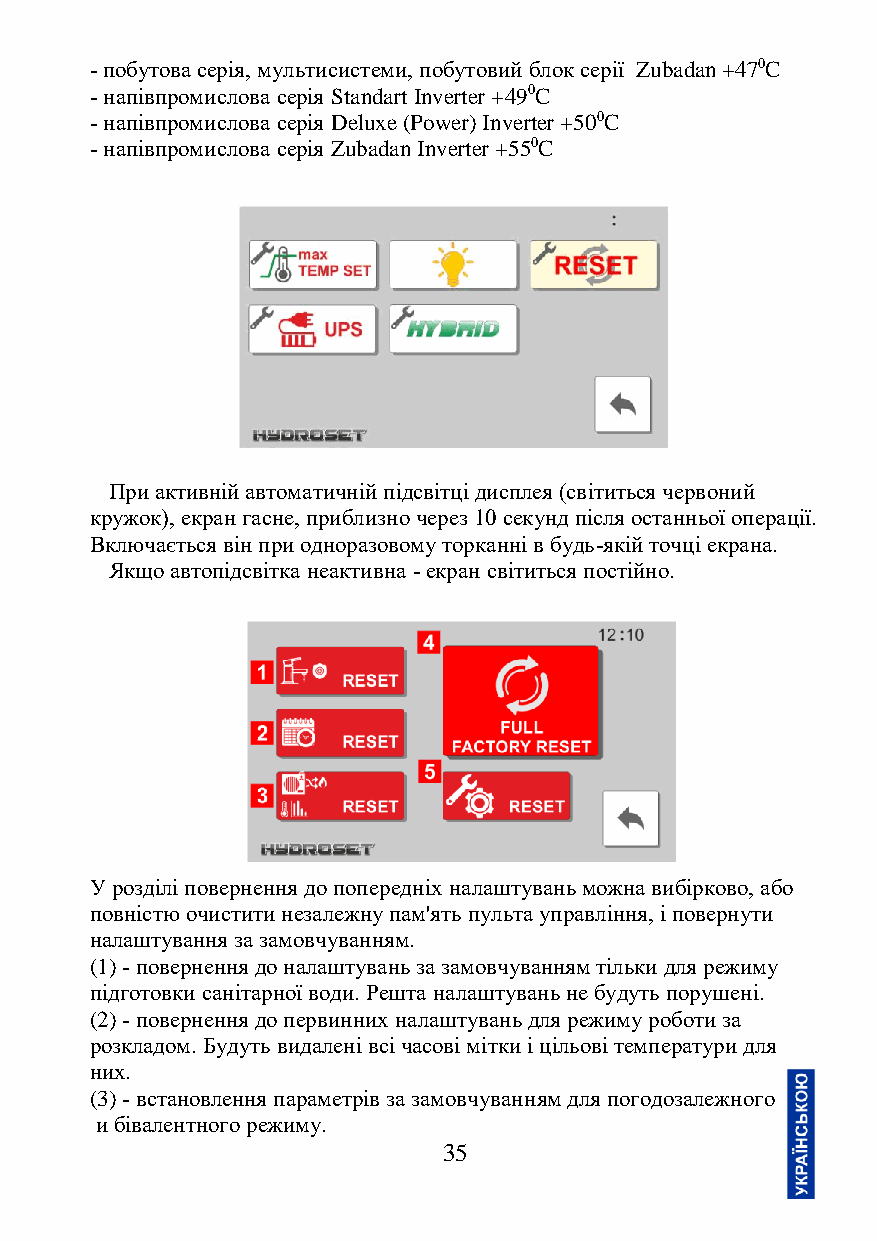
- побутова серія, мультисистеми, побутовий блок серії Zubadan +470C
 - напівпромислова серія Standart Inverter +490C
 - напівпромислова серія Deluxe (Power) Inverter +500C
 - напівпромислова серія Zubadan Inverter +550C
 При активній автоматичній підсвітці дисплея (світиться червоний
 кружок), екран гасне, приблизно через 10 секунд після останньої операції.
 Включається він при одноразовому торканні в будь-якій точці екрана.
 Якщо автопідсвітка неактивна - екран світиться постійно.
 У розділі повернення до попередніх налаштувань можна вибірково, або
 повністю очистити незалежну пам'ять пульта управління, і повернути
 налаштування за замовчуванням.
 (1) - повернення до налаштувань за замовчуванням тільки для режиму
 підготовки санітарної води. Решта налаштувань не будуть порушені.
 (2) - повернення до первинних налаштувань для режиму роботи за
 розкладом. Будуть видалені всі часові мітки і цільові температури для
 них.
 (3) - встановлення параметрів за замовчуванням для погодозалежного
 и бівалентного режиму.
 35